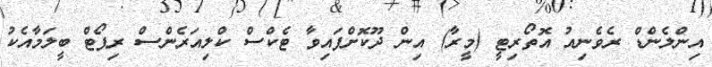
އިންލެންޑް ރެވެނިއު އޮތޯރިޓީ (މީރާ) އިން ދޫކޮށްފައިވާ ޓެކްސް ކްލިއަރެންސް ރިޕޯޓް ބީލަމާއެކު